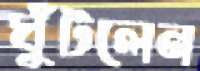
ঘুঁটলেন